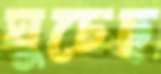
ঘুচেছ